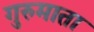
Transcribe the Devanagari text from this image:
गुरुमाता